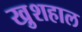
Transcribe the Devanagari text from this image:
खु़शहाल